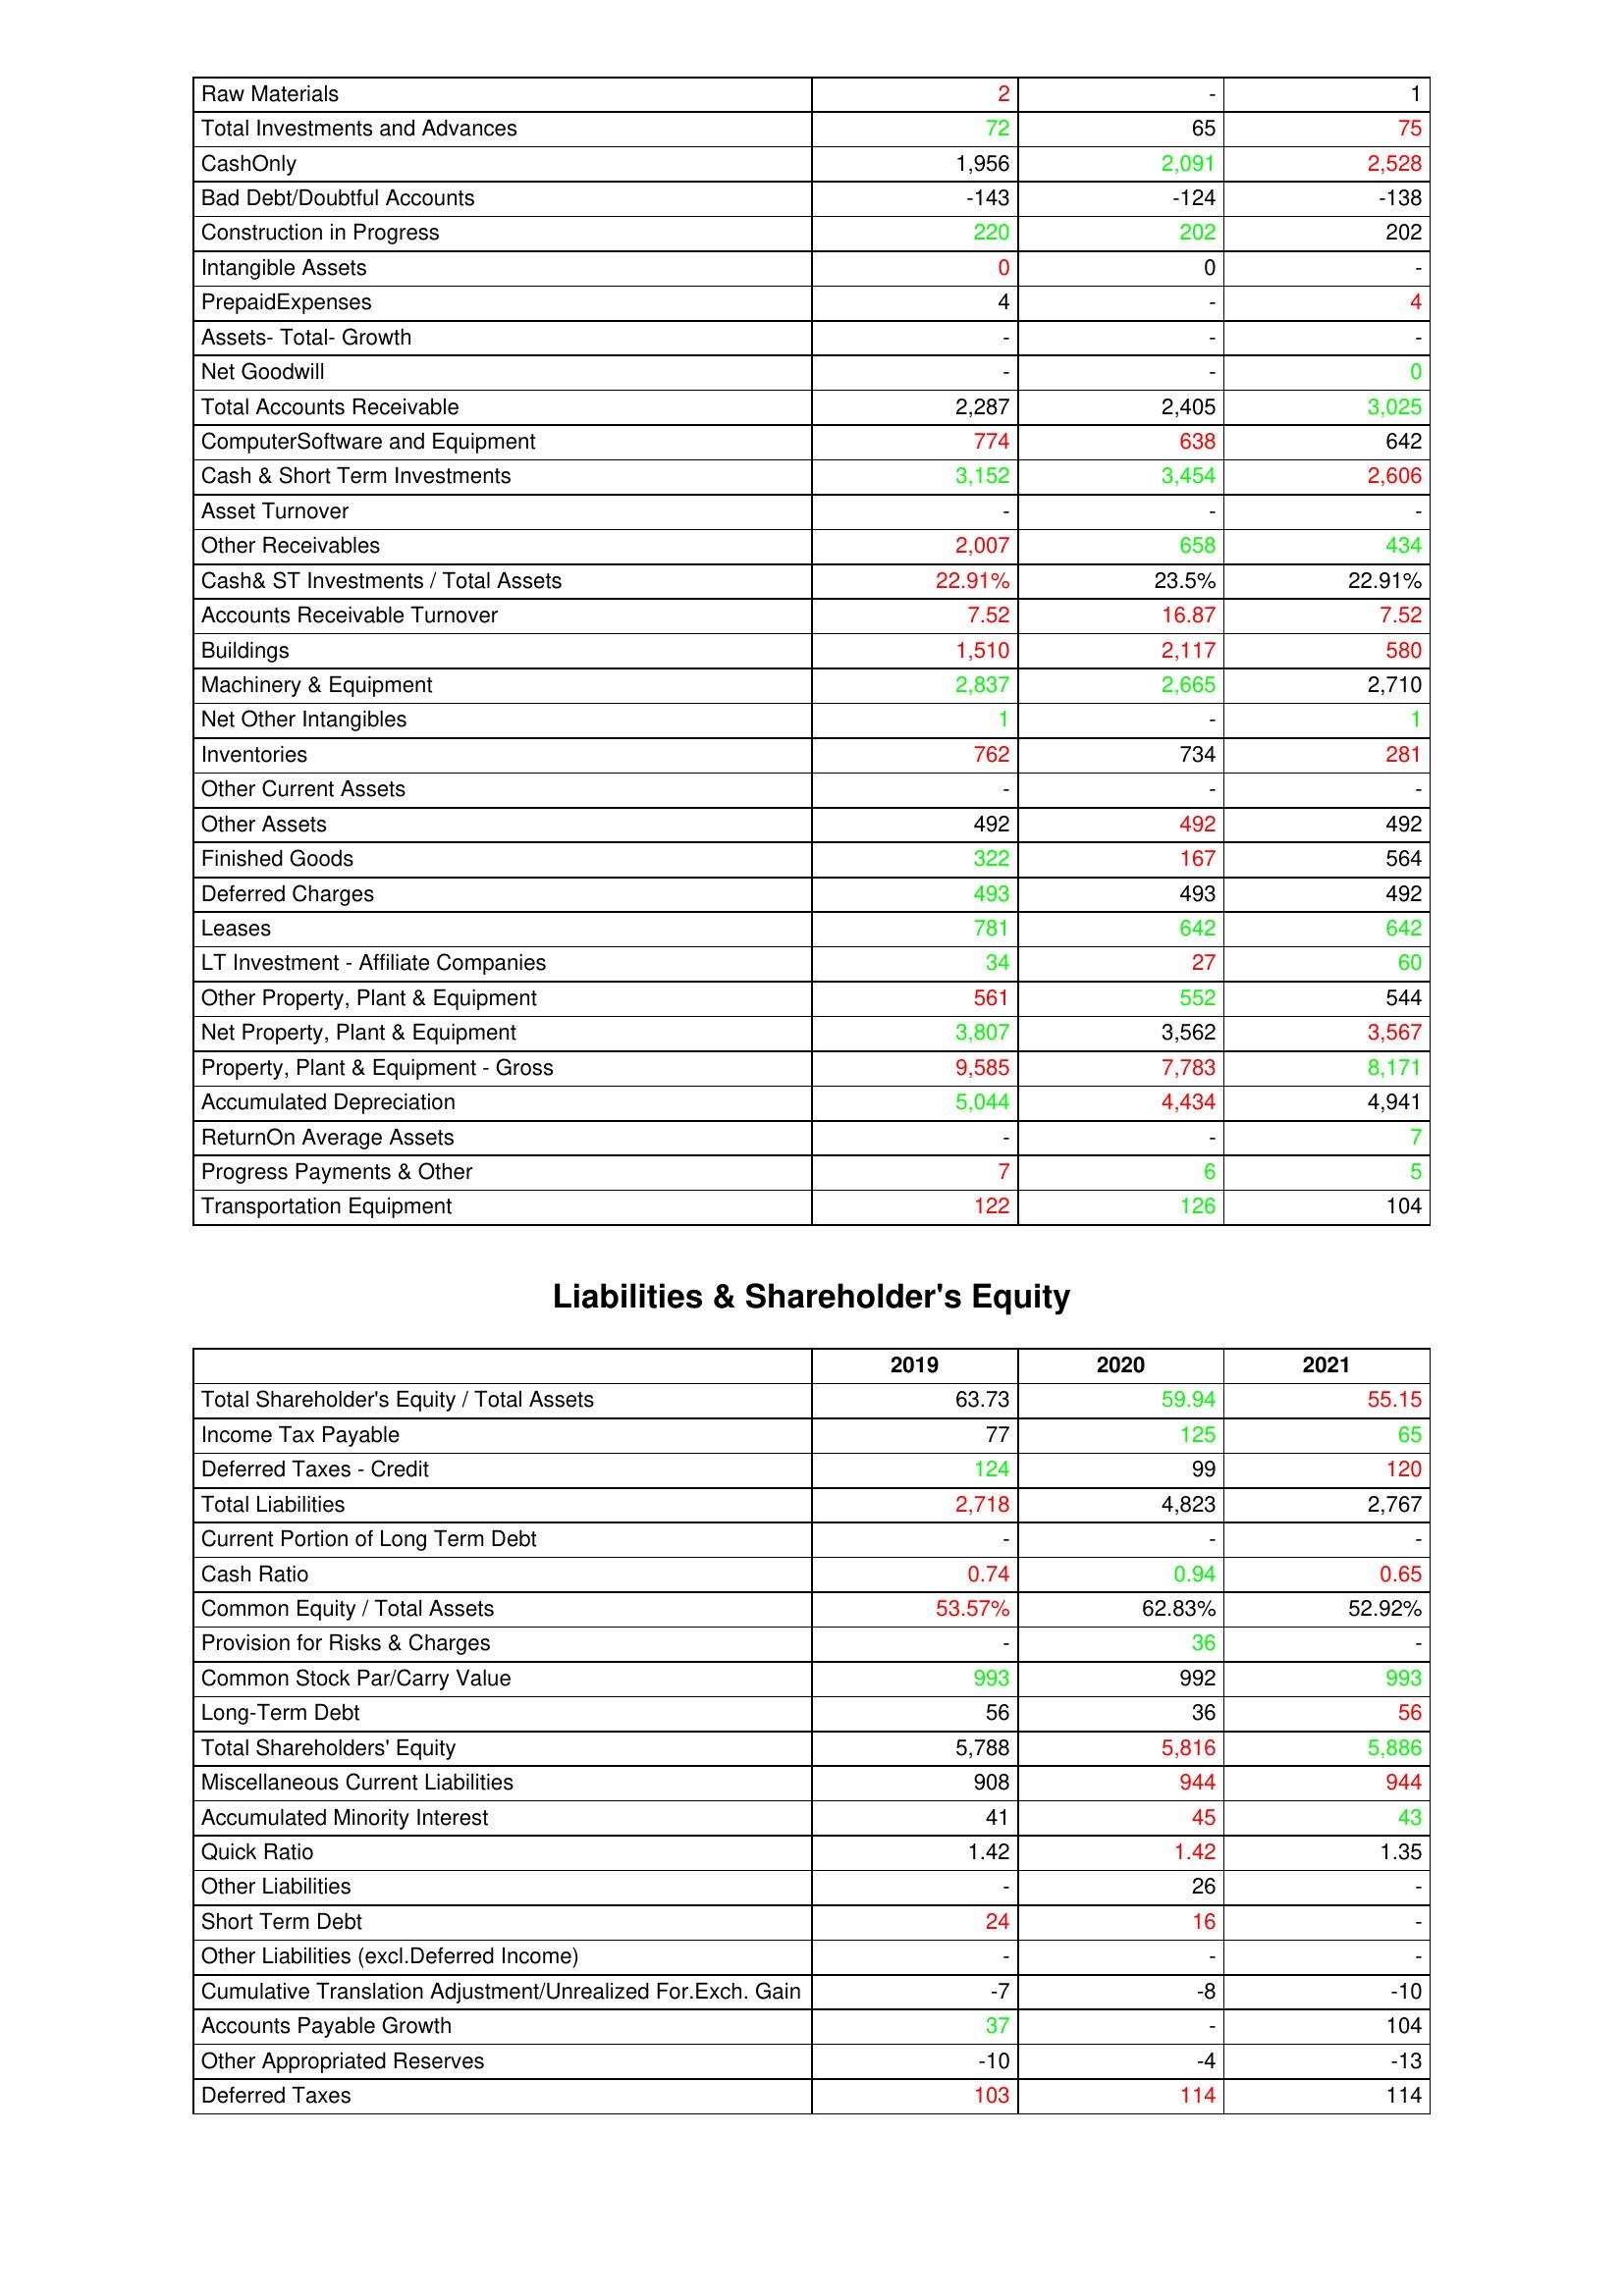
gt_parse: 2019: Assets: Raw Materials: 2
Total Investments and Advances: 72
CashOnly: 1,956
Bad Debt/Doubtful Accounts: -143
Construction in Progress: 220
Intangible Assets: 0
PrepaidExpenses: 4
Assets- Total- Growth: -
Net Goodwill: -
Total Accounts Receivable: 2,287
ComputerSoftware and Equipment: 774
Cash & Short Term Investments: 3,152
Asset Turnover: -
Other Receivables: 2,007
Cash& ST Investments / Total Assets: 22.91%
Accounts Receivable Turnover: 7.52
Buildings: 1,510
Machinery & Equipment: 2,837
Net Other Intangibles: 1
Inventories: 762
Other Current Assets: -
Other Assets: 492
Finished Goods: 322
Deferred Charges: 493
Leases: 781
LT Investment - Affiliate Companies: 34
Other Property, Plant & Equipment: 561
Net Property, Plant & Equipment: 3,807
Property, Plant & Equipment - Gross : 9,585
Accumulated Depreciation: 5,044
ReturnOn Average Assets: -
Progress Payments & Other: 7
Transportation Equipment: 122
Liabilities & Shareholder's Equity: Total Shareholder's Equity / Total Assets: 63.73
Income Tax Payable: 77
Deferred Taxes - Credit: 124
Total Liabilities: 2,718
Current Portion of Long Term Debt: -
Cash Ratio: 0.74
Common Equity / Total Assets: 53.57%
Provision for Risks & Charges: -
Common Stock Par/Carry Value: 993
Long-Term Debt: 56
Total Shareholders' Equity: 5,788
Miscellaneous Current Liabilities: 908
Accumulated Minority Interest: 41
Quick Ratio: 1.42
Other Liabilities: -
Short Term Debt: 24
Other Liabilities (excl.Deferred Income): -
Cumulative Translation Adjustment/Unrealized For.Exch. Gain: -7
Accounts Payable Growth: 37
Other Appropriated Reserves: -10
Deferred Taxes: 103
2020: Assets: Raw Materials: -
Total Investments and Advances: 65
CashOnly: 2,091
Bad Debt/Doubtful Accounts: -124
Construction in Progress: 202
Intangible Assets: 0
PrepaidExpenses: -
Assets- Total- Growth: -
Net Goodwill: -
Total Accounts Receivable: 2,405
ComputerSoftware and Equipment: 638
Cash & Short Term Investments: 3,454
Asset Turnover: -
Other Receivables: 658
Cash& ST Investments / Total Assets: 23.5%
Accounts Receivable Turnover: 16.87
Buildings: 2,117
Machinery & Equipment: 2,665
Net Other Intangibles: -
Inventories: 734
Other Current Assets: -
Other Assets: 492
Finished Goods: 167
Deferred Charges: 493
Leases: 642
LT Investment - Affiliate Companies: 27
Other Property, Plant & Equipment: 552
Net Property, Plant & Equipment: 3,562
Property, Plant & Equipment - Gross : 7,783
Accumulated Depreciation: 4,434
ReturnOn Average Assets: -
Progress Payments & Other: 6
Transportation Equipment: 126
Liabilities & Shareholder's Equity: Total Shareholder's Equity / Total Assets: 59.94
Income Tax Payable: 125
Deferred Taxes - Credit: 99
Total Liabilities: 4,823
Current Portion of Long Term Debt: -
Cash Ratio: 0.94
Common Equity / Total Assets: 62.83%
Provision for Risks & Charges: 36
Common Stock Par/Carry Value: 992
Long-Term Debt: 36
Total Shareholders' Equity: 5,816
Miscellaneous Current Liabilities: 944
Accumulated Minority Interest: 45
Quick Ratio: 1.42
Other Liabilities: 26
Short Term Debt: 16
Other Liabilities (excl.Deferred Income): -
Cumulative Translation Adjustment/Unrealized For.Exch. Gain: -8
Accounts Payable Growth: -
Other Appropriated Reserves: -4
Deferred Taxes: 114
2021: Assets: Raw Materials: 1
Total Investments and Advances: 75
CashOnly: 2,528
Bad Debt/Doubtful Accounts: -138
Construction in Progress: 202
Intangible Assets: -
PrepaidExpenses: 4
Assets- Total- Growth: -
Net Goodwill: 0
Total Accounts Receivable: 3,025
ComputerSoftware and Equipment: 642
Cash & Short Term Investments: 2,606
Asset Turnover: -
Other Receivables: 434
Cash& ST Investments / Total Assets: 22.91%
Accounts Receivable Turnover: 7.52
Buildings: 580
Machinery & Equipment: 2,710
Net Other Intangibles: 1
Inventories: 281
Other Current Assets: -
Other Assets: 492
Finished Goods: 564
Deferred Charges: 492
Leases: 642
LT Investment - Affiliate Companies: 60
Other Property, Plant & Equipment: 544
Net Property, Plant & Equipment: 3,567
Property, Plant & Equipment - Gross : 8,171
Accumulated Depreciation: 4,941
ReturnOn Average Assets: 7
Progress Payments & Other: 5
Transportation Equipment: 104
Liabilities & Shareholder's Equity: Total Shareholder's Equity / Total Assets: 55.15
Income Tax Payable: 65
Deferred Taxes - Credit: 120
Total Liabilities: 2,767
Current Portion of Long Term Debt: -
Cash Ratio: 0.65
Common Equity / Total Assets: 52.92%
Provision for Risks & Charges: -
Common Stock Par/Carry Value: 993
Long-Term Debt: 56
Total Shareholders' Equity: 5,886
Miscellaneous Current Liabilities: 944
Accumulated Minority Interest: 43
Quick Ratio: 1.35
Other Liabilities: -
Short Term Debt: -
Other Liabilities (excl.Deferred Income): -
Cumulative Translation Adjustment/Unrealized For.Exch. Gain: -10
Accounts Payable Growth: 104
Other Appropriated Reserves: -13
Deferred Taxes: 114